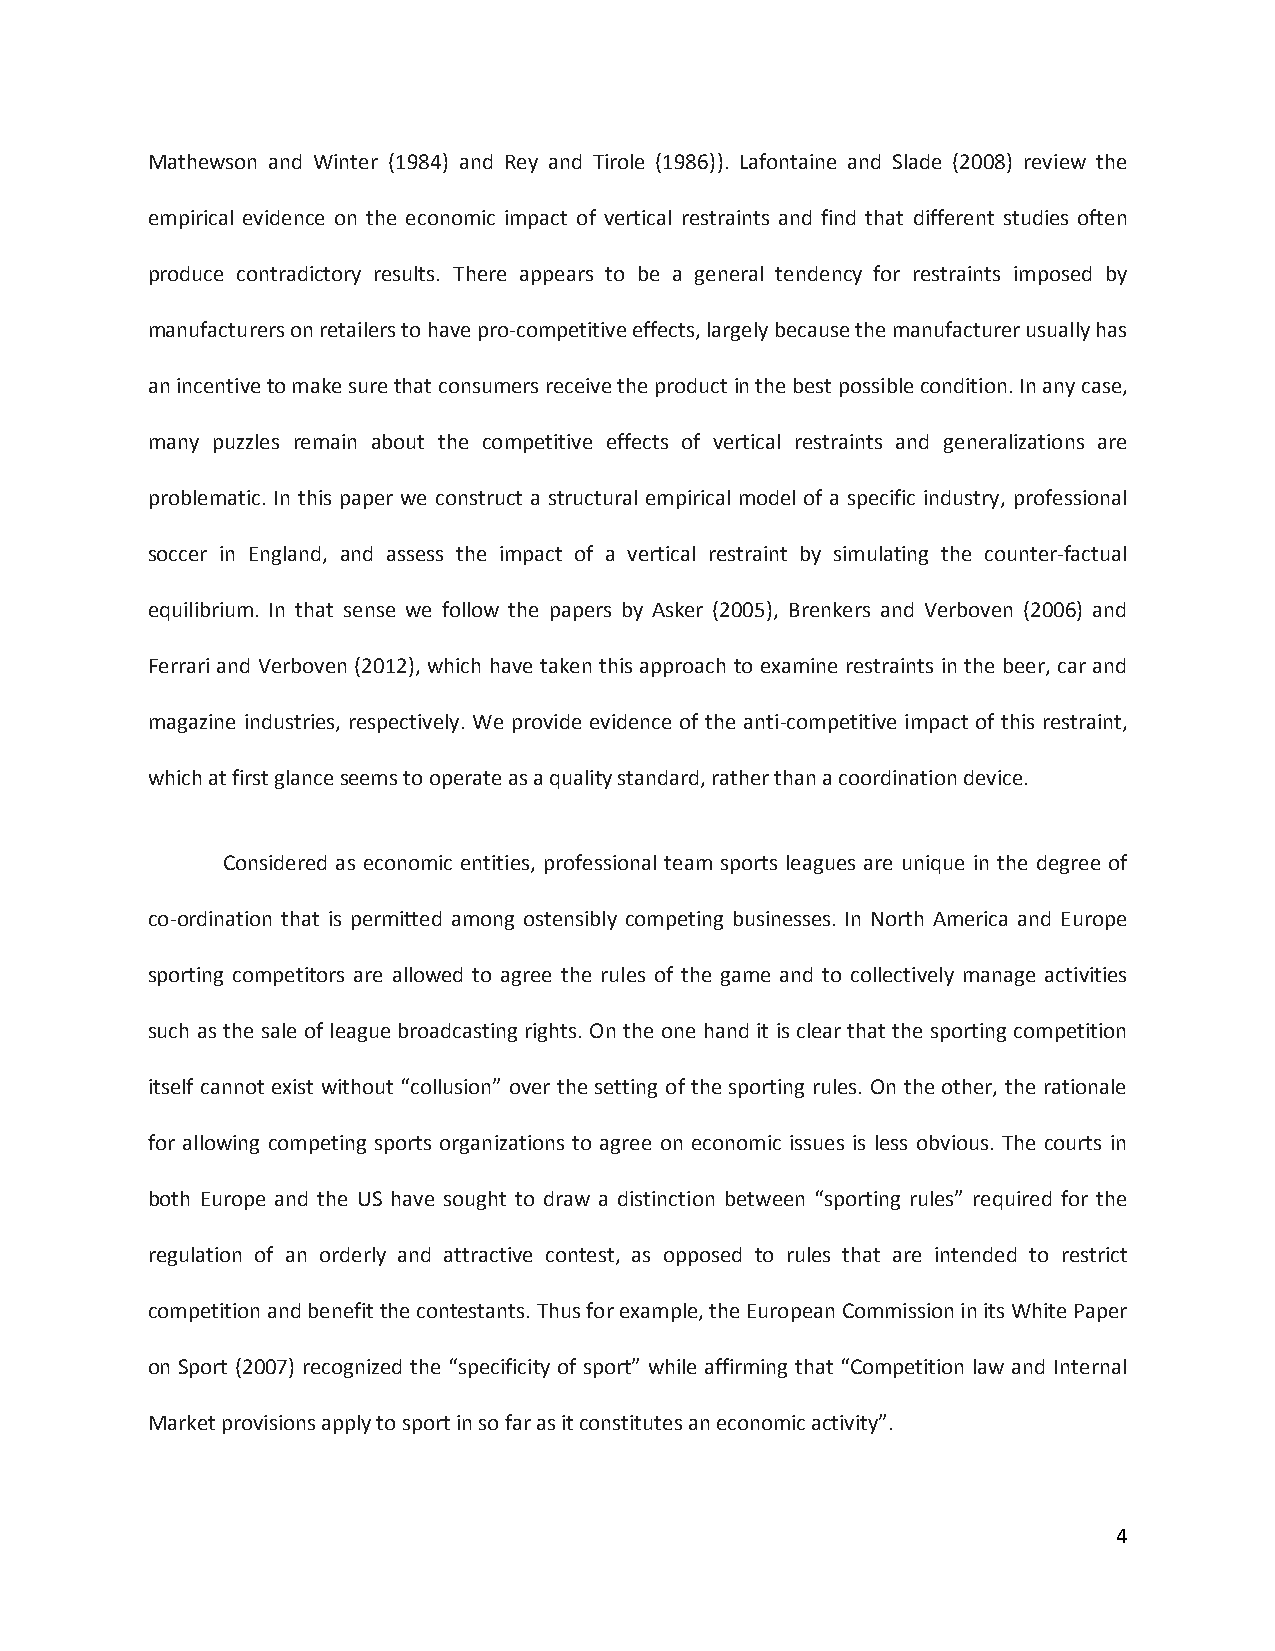
Mathewson and Winter (1984) and Rey and Tirole (1986)). Lafontaine and Slade (2008) review the
 empirical evidence on the economic impact of vertical restraints and find that different studies often
 produce contradictory results. There appears to be a general tendency for restraints imposed by
 manufacturers on retailers to have pro-competitive effects, largely because the manufacturer usually has
 an incentive to make sure that consumers receive the product in the best possible condition. In any case,
 many puzzles remain about the competitive effects of vertical restraints and generalizations are
 problematic. In this paper we construct a structural empirical model of a specific industry, professional
 soccer in England, and assess the impact of a vertical restraint by simulating the counter-factual
 equilibrium. In that sense we follow the papers by Asker (2005), Brenkers and Verboven (2006) and
 Ferrari and Verboven (2012), which have taken this approach to examine restraints in the beer, car and
 magazine industries, respectively. We provide evidence of the anti-competitive impact of this restraint,
 which at first glance seems to operate as a quality standard, rather than a coordination device.
 Considered as economic entities, professional team sports leagues are unique in the degree of
 co-ordination that is permitted among ostensibly competing businesses. In North America and Europe
 sporting competitors are allowed to agree the rules of the game and to collectively manage activities
 such as the sale of league broadcasting rights. On the one hand it is clear that the sporting competition
 itself cannot exist without “collusion” over the setting of the sporting rules. On the other, the rationale
 for allowing competing sports organizations to agree on economic issues is less obvious. The courts in
 both Europe and the US have sought to draw a distinction between “sporting rules” required for the
 regulation of an orderly and attractive contest, as opposed to rules that are intended to restrict
 competition and benefit the contestants. Thus for example, the European Commission in its White Paper
 on Sport (2007) recognized the “specificity of sport” while affirming that “Competition law and Internal
 Market provisions apply to sport in so far as it constitutes an economic activity”.
 4